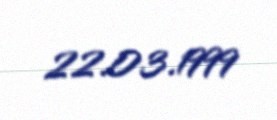
22.03.1999